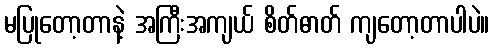
မပြုတော့တာနဲ့ အကြီးအကျယ် စိတ်ဓာတ် ကျတော့တာပါပဲ။